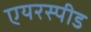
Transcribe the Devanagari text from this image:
एयरस्पीड